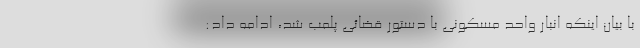
با بیان اینکه انبار واحد مسکونی با دستور قضائی پلمب شد، ادامه داد: